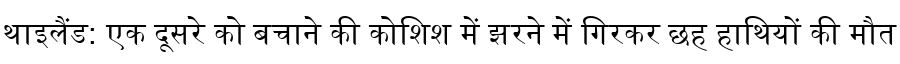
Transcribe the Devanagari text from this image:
थाइलैंड: एक दूसरे को बचाने की कोशिश में झरने में गिरकर छह हाथियों की मौत